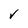
Character: V